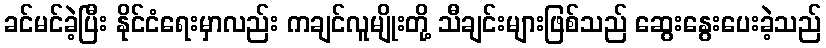
ခင်မင်ခဲ့ပြီး နိုင်ငံရေးမှာလည်း ကချင်လူမျိုးတို့ သီချင်းများဖြစ်သည် ဆွေးနွေးပေးခဲ့သည်